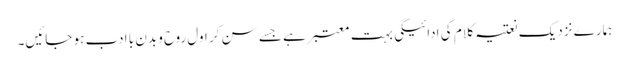
ہمارے نزدیک نعتیہ کلام کی ادائیگی بہت معتبر ہے جسے سن کر اول روح و بدن با ادب ہو جائیں۔